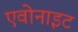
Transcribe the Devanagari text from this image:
एवोनाइट